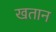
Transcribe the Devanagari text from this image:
खतान